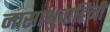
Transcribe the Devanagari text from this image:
नासाश्रुवाहिनी